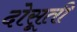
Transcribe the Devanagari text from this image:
दोसूती